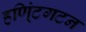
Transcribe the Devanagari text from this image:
हणि्ंटगटन